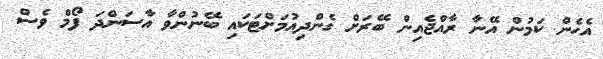
އެހެން ކަމުން އޭނާ ރާއްޖެއިން ބޭރަށް ގެންދިއުމަށްޓަކައި ބޭނުންވާ އާސަންދަ ފޯމް ވެސް